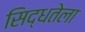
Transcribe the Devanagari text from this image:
सिद्धतेला